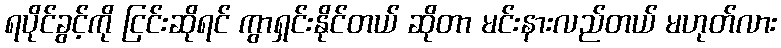
ရပိုင်ခွင့်ကို ငြင်းဆိုရင် ကွာရှင်းနိုင်တယ် ဆိုတာ မင်းနားလည်တယ် မဟုတ်လား